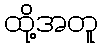
ထို့အတူ